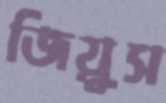
জিয়ুস